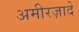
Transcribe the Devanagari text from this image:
अमीरज़ादे